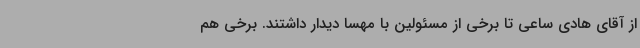
از آقای هادی ساعی تا برخی از مسئولین با مهسا دیدار داشتند. برخی هم